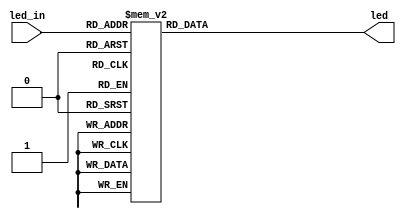
`timescale 1ns / 1ps
//////////////////////////////////////////////////////////////////////////////////
// Company: 
// Engineer: 
// 
// Design Name: 
// Module Name: Module Support
// Project Name: 
// Target Devices: 
// Tool Versions: 
// Description: 
// 
// Dependencies: 
// 
// Revision:
// Revision 0.01 - File Created
// Additional Comments:
// 
//////////////////////////////////////////////////////////////////////////////////


module display(led, led_in);
    output reg [6:0]led ;
    input [3:0]led_in;
    always @(led_in) begin
        case (led_in)
            4'd0: led = 7'b0000001;
            4'd1: led = 7'b1001111;
            4'd2: led = 7'b0010010;
            4'd3: led = 7'b0000110;
            4'd4: led = 7'b1001100;
            4'd5: led = 7'b0100100;
            4'd6: led = 7'b0100000;
            4'd7: led = 7'b0001111;
            4'd8: led = 7'b0000000;
            4'd9: led = 7'b0000100;
            default: led = 7'b0000000;
        endcase
    end
endmodule